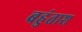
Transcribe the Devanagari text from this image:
बहुंताश